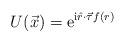
LaTeX: \begin{align*}U(\vec x) = {\mathrm e}^{{\mathrm i} \hat r\cdot\vec\tau f(r)}\end{align*}